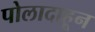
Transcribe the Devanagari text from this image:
पोलादाहून